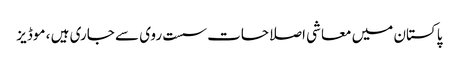
پاکستان میں معاشی اصلاحات سست روی سے جاری ہیں ، موڈیز